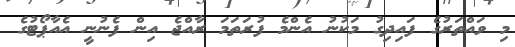
މި ވައްތަރުގެ ފައިދިގު މަކުނު އެންމެ ފުރަތަމަ ރާއްޖެ އިން ފެނުނީ އެއާޕޯޓުގެ